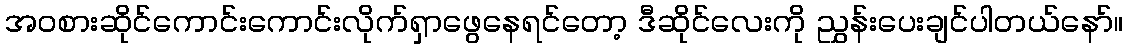
အဝစားဆိုင်ကောင်းကောင်းလိုက်ရှာဖွေနေရင်တော့ ဒီဆိုင်လေးကို ညွှန်းပေးချင်ပါတယ်နော်။